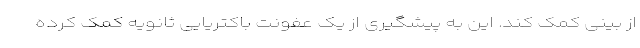
از بینی کمک کند. این به پیشگیری از یک عفونت باکتریایی ثانویه کمک کرده